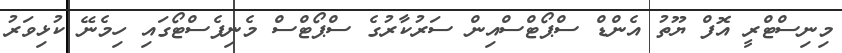
މިނިސްޓްރީ އޮފް ޔޫތު އެންޑް ސްޕޯޓްސްއިން ސަރުކާރުގެ ސްޕޯޓްސް މެނިފެސްޓޯގައި ހިމެނޭ ކުޅިވަރު